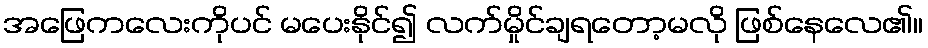
အဖြေကလေးကိုပင် မပေးနိုင်၍ လက်မှိုင်ချရတော့မလို ဖြစ်နေလေ၏။